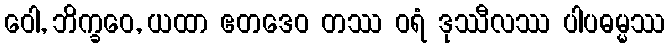
ဝေါ, ဘိက္ခဝေ, ယထာ ဧတဒေဝ တဿ ဝရံ ဒုဿီလဿ ပါပဓမ္မဿ